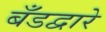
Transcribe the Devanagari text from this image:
बँडद्वारे